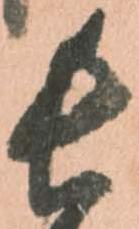
長